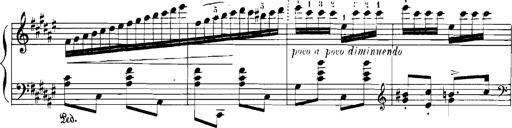
Title: Rhapsodies hongroises
Composer: Franz Liszt